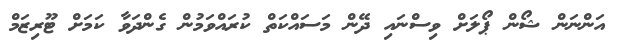
އަންނަން ޝޯން ޕޯލަށް ވިސްނައި ދޭން މަސައްކަތް ކުރައްވަމުން ގެންދަވާ ކަމަަށް ޓޫރިޒަމް